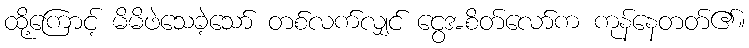
ထို့ကြောင့် မိမိဖဲသေခဲ့သော် တစ်လက်လျှင် ငွေအစိတ်လော်က ကုန်နေတတ်၏။